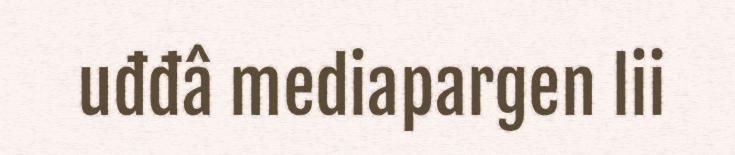
uđđâ mediapargen lii